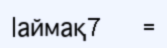
|аймақ7     =